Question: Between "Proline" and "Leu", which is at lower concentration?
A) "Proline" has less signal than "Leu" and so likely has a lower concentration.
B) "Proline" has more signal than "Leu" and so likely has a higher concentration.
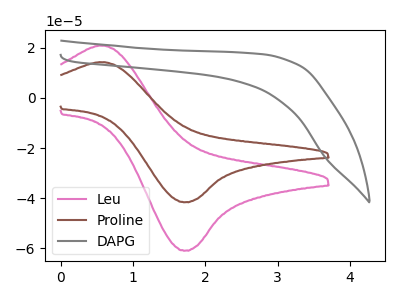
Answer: <think>The pink curve "Leu" has an anodic peak at (0.60V, 20.75uA) and a cathodic peak at (1.75V, -60.85uA). The brown curve "Proline" has an anodic peak at (0.60V, 14.20uA) and a cathodic peak at (1.75V, -41.55uA). The gray curve "DAPG" has no peaks.
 All the peaks in "Proline" have a peak in "Leu" at the same potential. Every peak in "Proline" is lower than every peak in "Leu".</think>
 <answer>A) "Proline" has less signal than "Leu" and so likely has a lower concentration.</answer>
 <eval>A</eval>